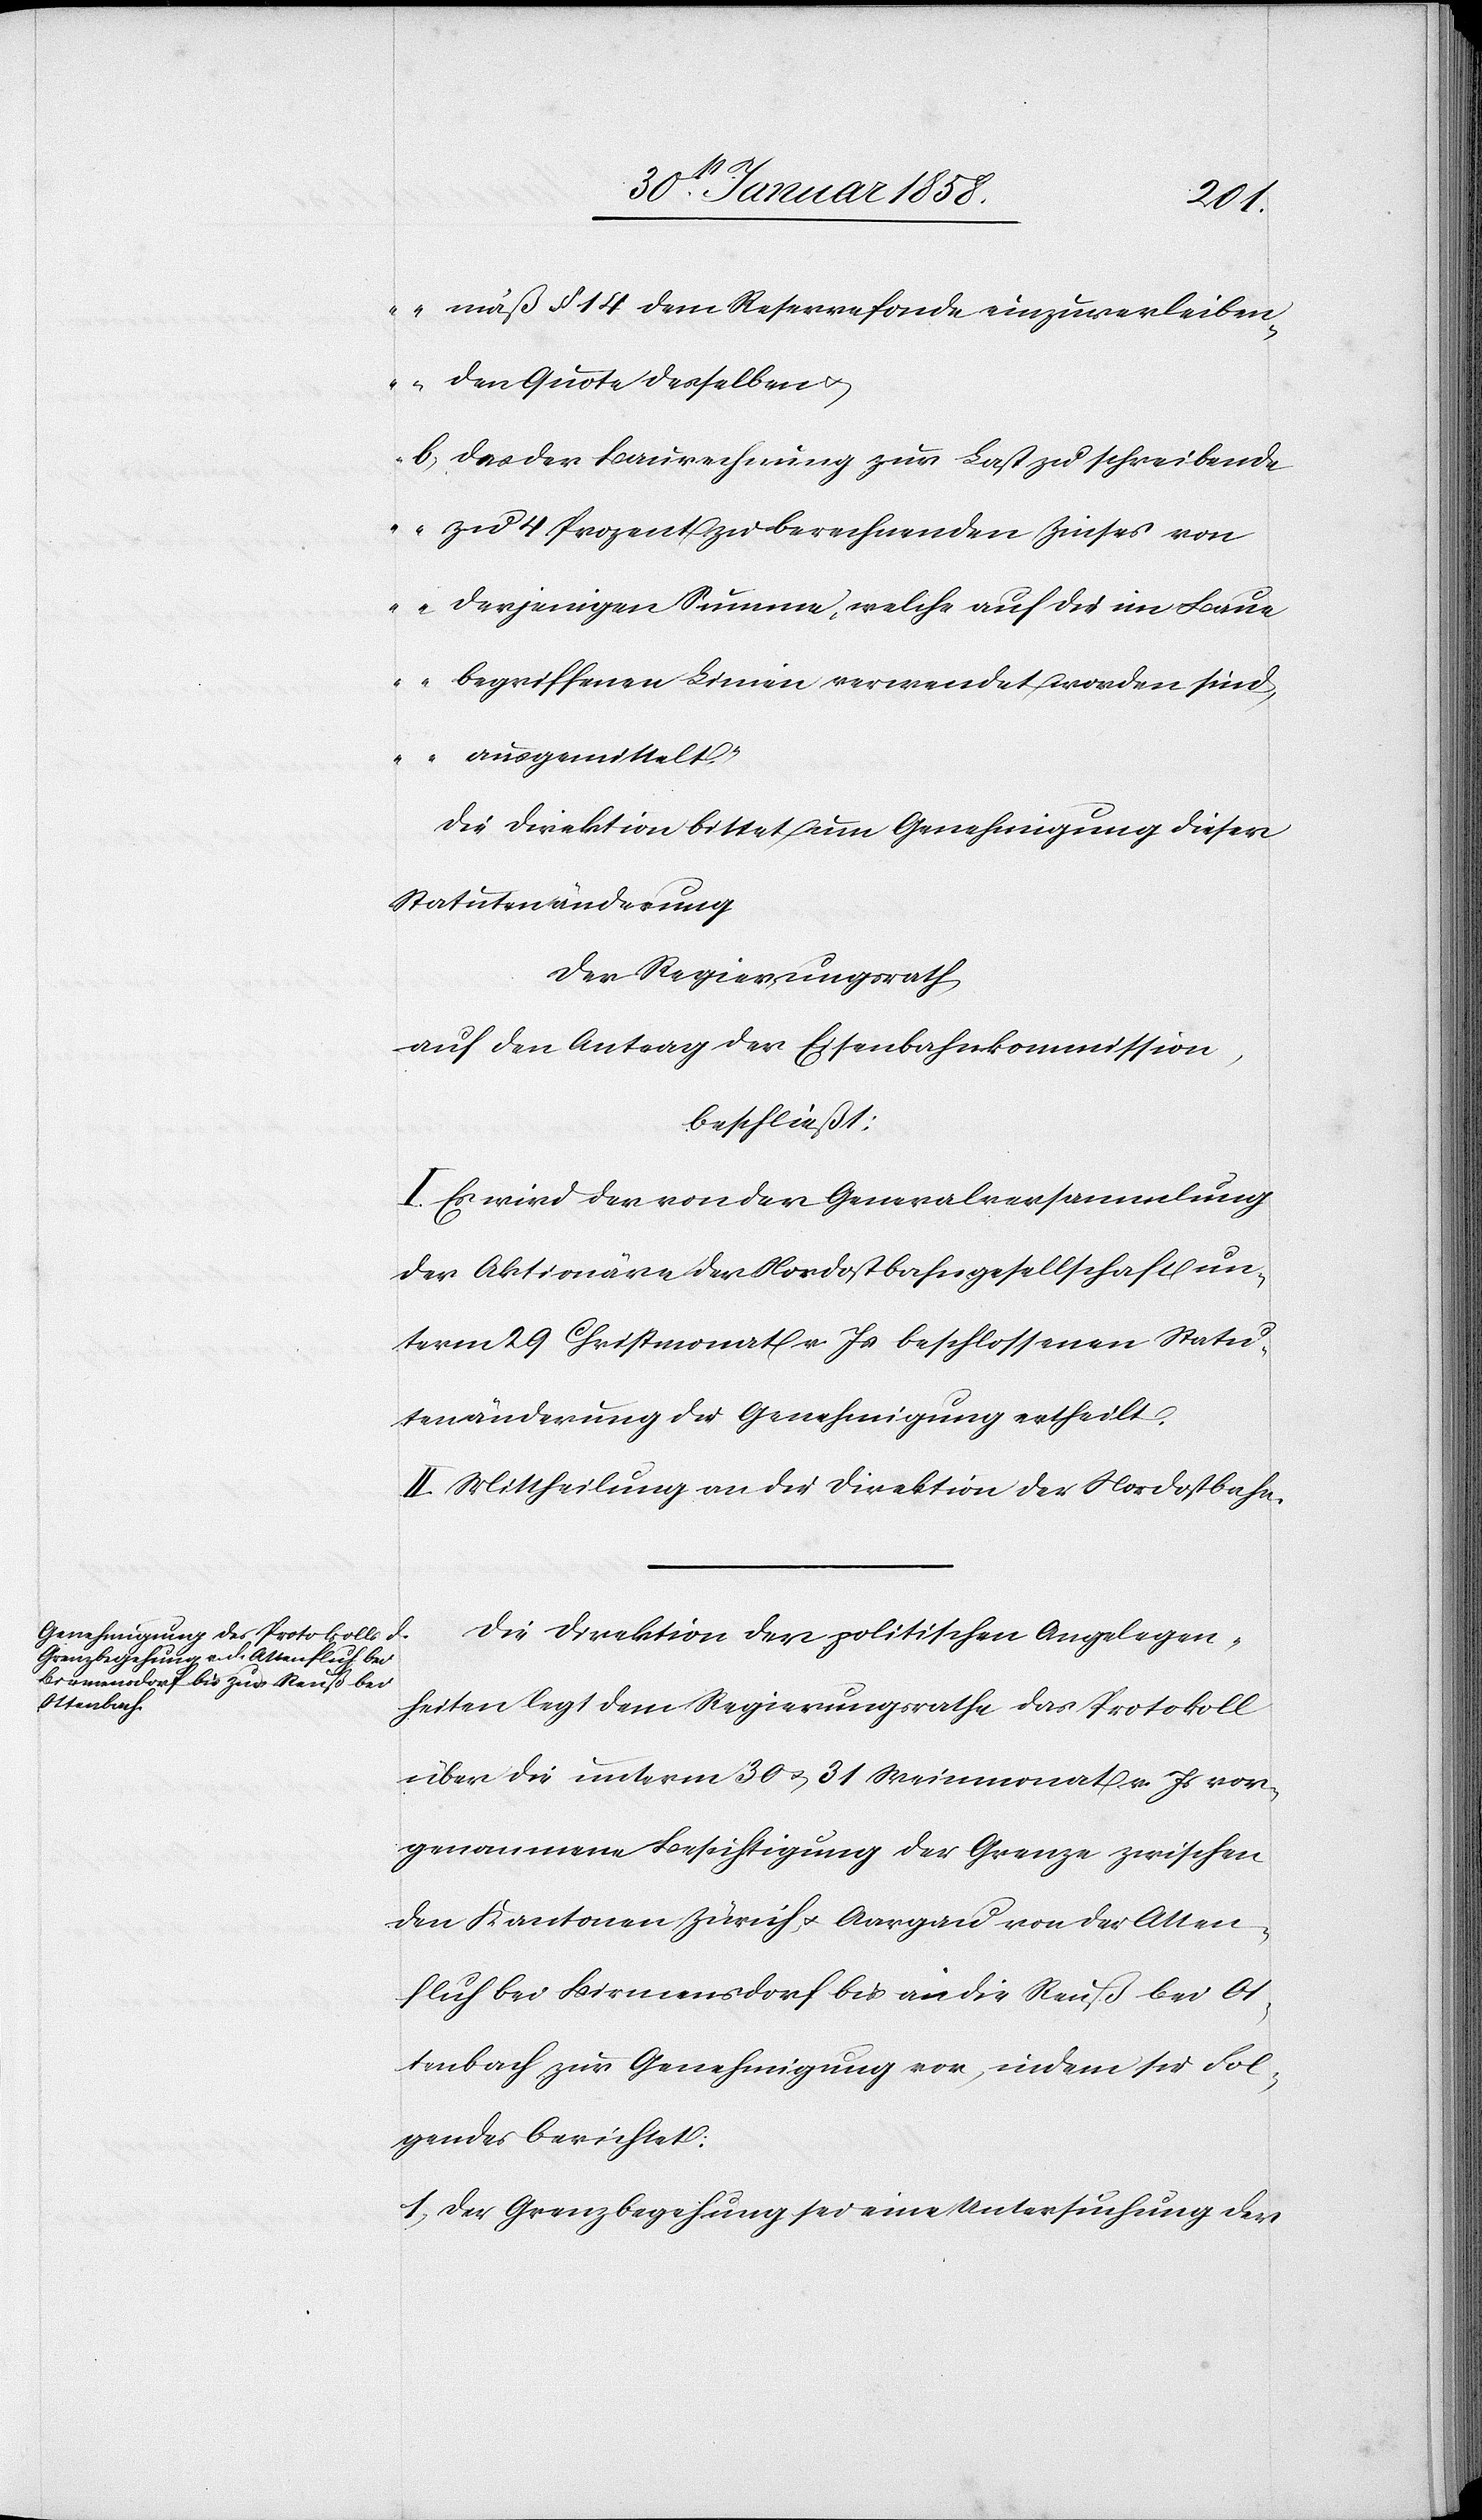
mäß § 14 dem Reservefonde einzuverleiben¬
den Quote desselben u.
b. des der Baurechnung zur Last zu schreibende
zu 4 Prozent zu berechnenden Zinses von
derjenigen Summe, welche auf die im Baue
begriffenen Linien verwendet worden sind,
ausgemittelt.“
Die Direktion bittet um Genehmigung dieser
Statutenänderung.
Der Regierungsrath
auf den Antrag der Eisenbahnkommission,
beschließt
I. Es wird der von der Generalversammlung
der Aktionäre der Nordostbahngesellschaft un¬
term 29 Christmonat v. Js beschlossenen Statu¬
tenänderung die Genehmigung ertheilt.
II. Mittheilung an die Direktion der Nordostbahn.
Die Direktion der politischen Angelegen¬
heiten legt dem Regierungsrathe das Protokoll
über die unterm 30 u. 31 Weinmonat v. Js vor¬
genommene Besichtigung der Grenze zwischen
den Kantonen Zürich u. Aargau von der Atten¬
fluh bei Birmensdorf bis an die Reuß bei Ot¬
tenbach zur Genehmigung vor, indem sie Fol¬
gendes berichtet:
1. Der Grenzbegehung sei eine Untersuchung der